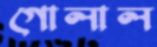
গোলাল